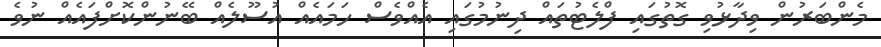
މެންބަރުން ވިދާޅުވި ގޮތުގައި ފްލެޓުތައް ދިނުމުގައި އެއްވެސް ހަމައެއް އުސޫލެއް ބޭނުންކޮށްފައެއް ނުވެ